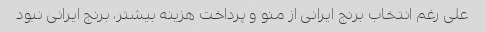
علی رغم انتخاب برنج ایرانی از منو و پرداخت هزینه بیشتر، برنج ایرانی نبود